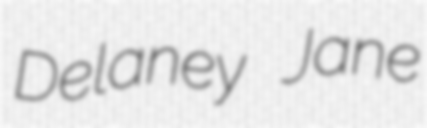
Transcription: Delaney Jane